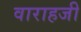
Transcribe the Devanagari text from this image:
वाराहजी